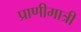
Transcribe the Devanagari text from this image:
प्राणीमात्री